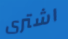
اشترى